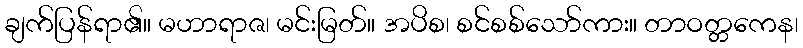
ချက်ပြန်ရာ၏။ မဟာရာဇ၊ မင်းမြတ်။ အပိစ၊ စင်စစ်သော်ကား။ တာဝတ္တကေန၊